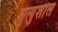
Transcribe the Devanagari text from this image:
मृत्युशील